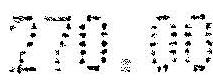
270.00